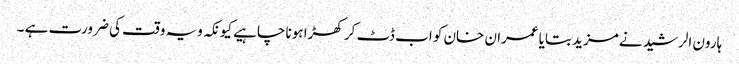
ہارون الرشید نے مزید بتایا عمران خان کو اب ڈٹ کر کھڑا ہونا چاہیے کیونکہ ویہ وقت کی ضرورت ہے ۔